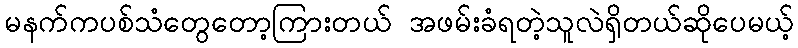
မနက်ကပစ်သံတွေတော့ကြားတယ် အဖမ်းခံရတဲ့သူလဲရှိတယ်ဆိုပေမယ့်